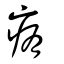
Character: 痏